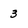
Character: 3